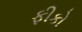
ફીકો